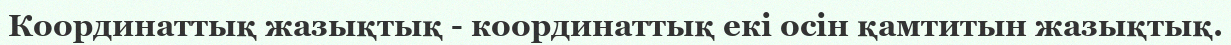
Координаттық жазықтық - координаттық екі осін қамтитын жазықтық.